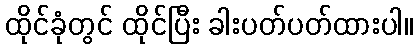
ထိုင်ခုံတွင် ထိုင်ပြီး ခါးပတ်ပတ်ထားပါ။